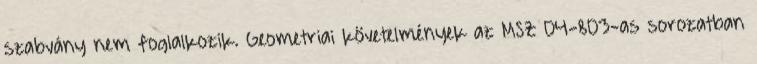
szabvány nem foglalkozik. Geometriai követelmények az MSZ 04-803-as sorozatban